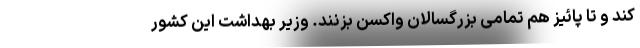
کند و تا پائیز هم تمامی بزرگسالان واکسن بزنند. وزیر بهداشت این کشور